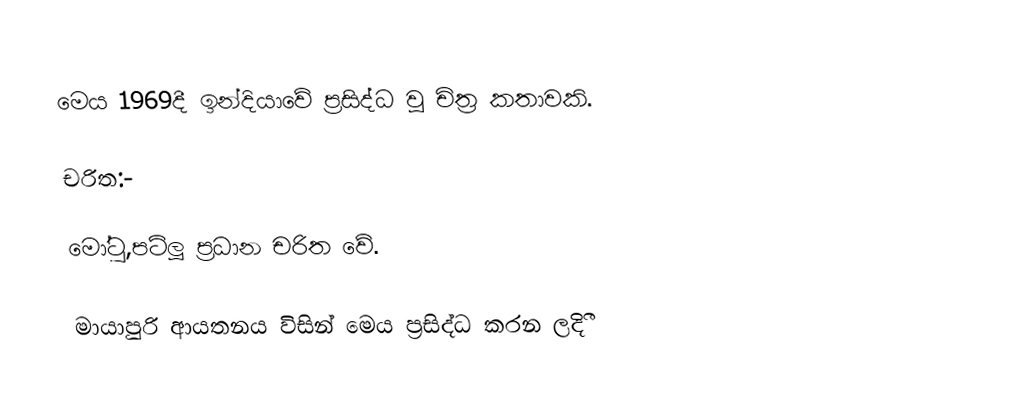
මෙය 1969දී ඉන්දියාවේ ප්‍රසිද්ධ වූ චිත්‍ර කතාවකි.

චරිත:-

මෝටු,පට්ලූ ප්‍රධාන චරිත වේ.

මායාපුරි ආයතනය විසින් මෙය ප්‍රසිද්ධ කරන ලදිී